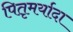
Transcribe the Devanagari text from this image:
पितृमर्यादा